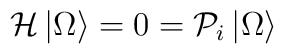
{\cal {H}}\left| \Omega \right> =0={\cal {P}}_{i}\left| \Omega \right>